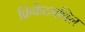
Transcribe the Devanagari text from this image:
क्रिकेटमधिल